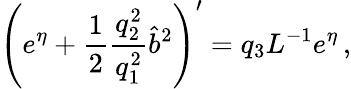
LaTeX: \left(e^{\eta}+\frac{1}{2}\frac{q_{2}^{2}}{q_{1}^{2}}\hat{b}^{2}\right)^{\prime}=q_{3}L^{-1}e^{\eta}\, ,